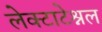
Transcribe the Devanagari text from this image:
लेक्टाटेश्नल